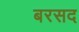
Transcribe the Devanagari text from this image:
बरसद